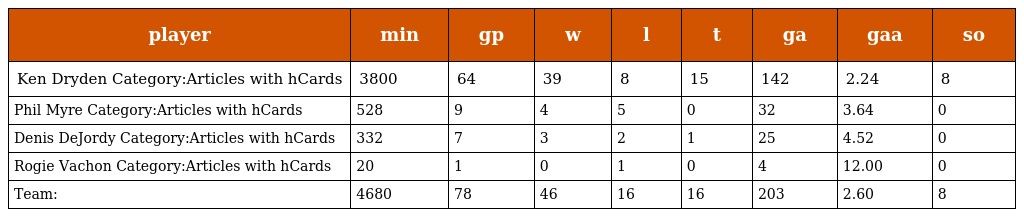
| player | min | gp | w | l | t | ga | gaa | so |
 | --- | --- | --- | --- | --- | --- | --- | --- | --- |
 | Ken Dryden Category:Articles with hCards | 3800 | 64 | 39 | 8 | 15 | 142 | 2.24 | 8 |
 | Phil Myre Category:Articles with hCards | 528 | 9 | 4 | 5 | 0 | 32 | 3.64 | 0 |
 | Denis DeJordy Category:Articles with hCards | 332 | 7 | 3 | 2 | 1 | 25 | 4.52 | 0 |
 | Rogie Vachon Category:Articles with hCards | 20 | 1 | 0 | 1 | 0 | 4 | 12.00 | 0 |
 | Team: | 4680 | 78 | 46 | 16 | 16 | 203 | 2.60 | 8 |